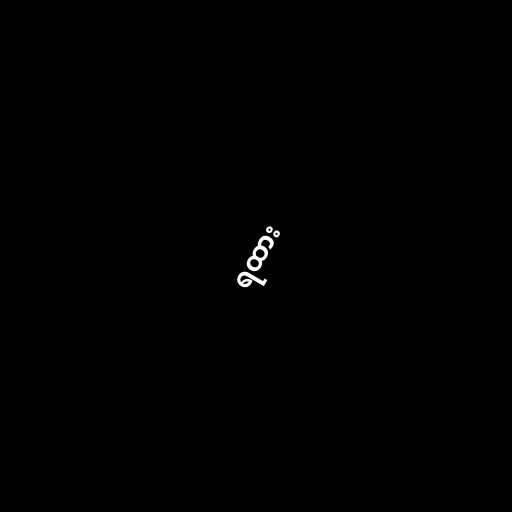
ရထား